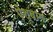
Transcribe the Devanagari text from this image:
ऐश्बाग